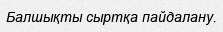
Балшықты сыртқа пайдалану.